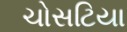
ચોસટિયા